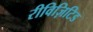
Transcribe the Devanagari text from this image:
रीविज़िटिड